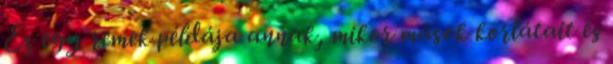
Ez egy remek példája annak, mikor mások korlátait és